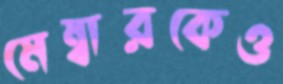
মেম্বারকেও